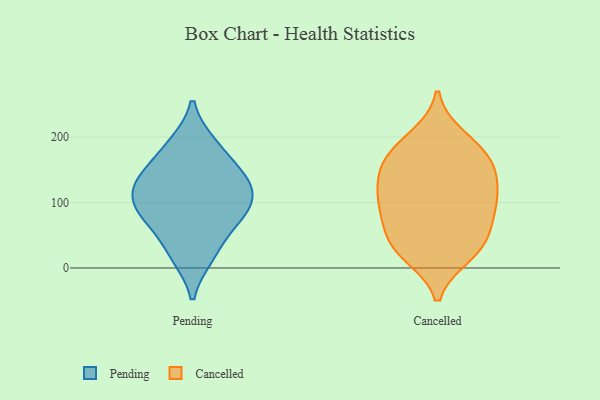
{"axis": {"x": "Net Income (USD K)", "y": "Value"}, "legend": ["Cancelled", "Pending"], "data": [{"x": "", "y": 189, "type": "Pending"}, {"x": "", "y": 102, "type": "Pending"}, {"x": "", "y": 141, "type": "Pending"}, {"x": "", "y": 96, "type": "Pending"}, {"x": "", "y": 19, "type": "Pending"}, {"x": "", "y": 122, "type": "Pending"}, {"x": "", "y": 129, "type": "Pending"}, {"x": "", "y": 95, "type": "Pending"}, {"x": "", "y": 153, "type": "Pending"}, {"x": "", "y": 139, "type": "Pending"}, {"x": "", "y": 17, "type": "Pending"}, {"x": "", "y": 190, "type": "Pending"}, {"x": "", "y": 63, "type": "Pending"}, {"x": "", "y": 64, "type": "Pending"}, {"x": "", "y": 86, "type": "Pending"}, {"x": "", "y": 179, "type": "Cancelled"}, {"x": "", "y": 158, "type": "Cancelled"}, {"x": "", "y": 200, "type": "Cancelled"}, {"x": "", "y": 43, "type": "Cancelled"}, {"x": "", "y": 146, "type": "Cancelled"}, {"x": "", "y": 104, "type": "Cancelled"}, {"x": "", "y": 114, "type": "Cancelled"}, {"x": "", "y": 45, "type": "Cancelled"}, {"x": "", "y": 112, "type": "Cancelled"}, {"x": "", "y": 35, "type": "Cancelled"}, {"x": "", "y": 93, "type": "Cancelled"}, {"x": "", "y": 83, "type": "Cancelled"}, {"x": "", "y": 189, "type": "Cancelled"}, {"x": "", "y": 21, "type": "Cancelled"}, {"x": "", "y": 20, "type": "Cancelled"}, {"x": "", "y": 154, "type": "Cancelled"}, {"x": "", "y": 79, "type": "Cancelled"}, {"x": "", "y": 148, "type": "Cancelled"}]}